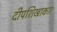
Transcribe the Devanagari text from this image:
दीपशिखाकार